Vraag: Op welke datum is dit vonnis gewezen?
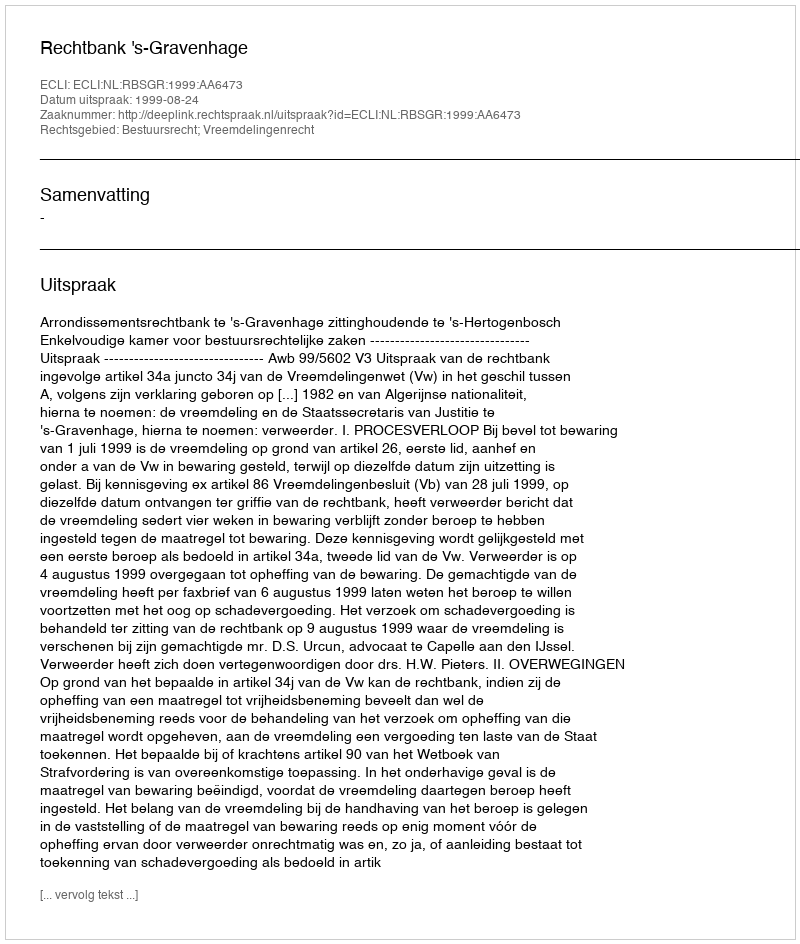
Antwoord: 1999-08-24